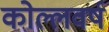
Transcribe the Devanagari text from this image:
कोल्लवर्ष